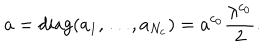
a = \mathrm { d i a g } ( a _ { 1 } , \dots , a _ { N _ { \mathrm { c } } } ) = a ^ { c _ { 0 } } \frac { \lambda ^ { c _ { 0 } } } { 2 } .